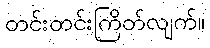
တင်းတင်းကြိတ်လျက်။